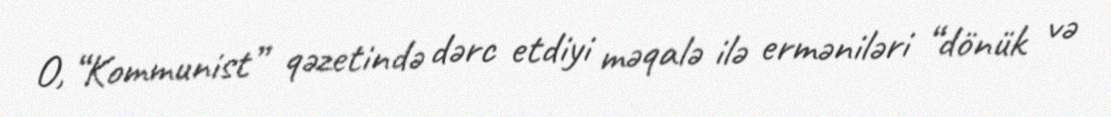
O, “Kommunist” qəzetində dərc etdiyi məqalə ilə erməniləri “dönük və